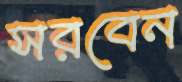
সরবেন